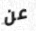
عن